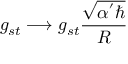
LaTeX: g _ { s t } \longrightarrow g _ { s t } \frac { \sqrt { \alpha ^ { ' } \hbar } } { R }